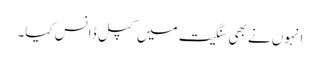
انہوں نے بھی سنگیت میں کپل ڈانس کیا۔